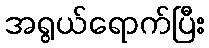
အရွယ်ရောက်ပြီး